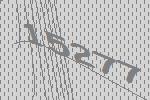
15277